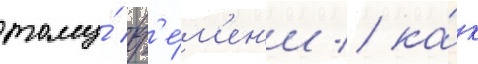
тому́ вр'е́м'ен'и / ка́к